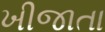
ખીજાતા